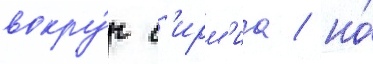
вокру́г с'ирм'иа / но́